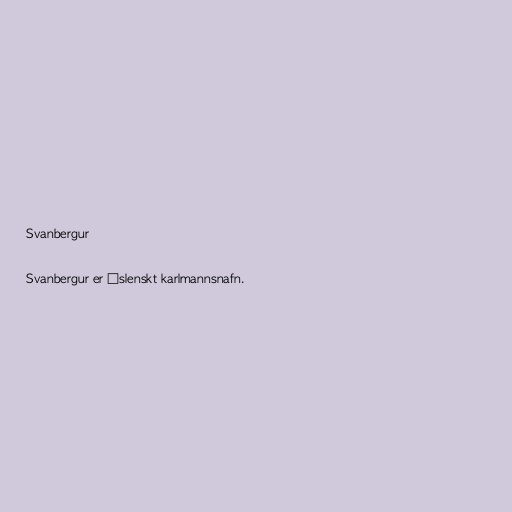
Svanbergur

Svanbergur er íslenskt karlmannsnafn.